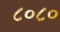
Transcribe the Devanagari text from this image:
८०८०